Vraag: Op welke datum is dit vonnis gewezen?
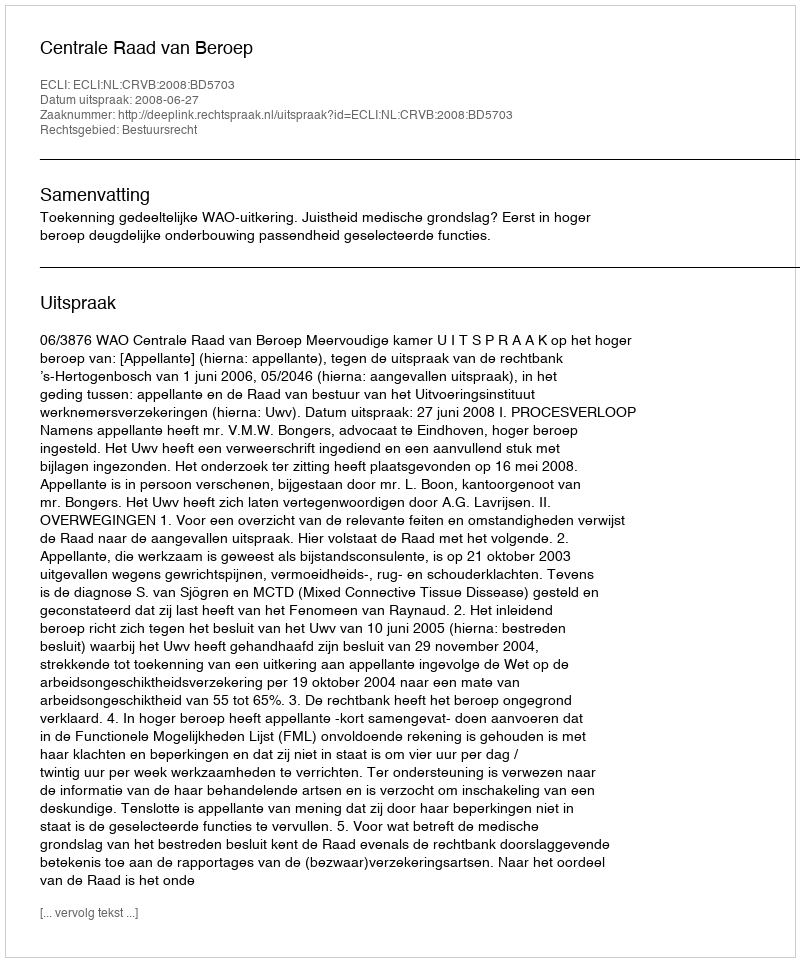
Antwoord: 2008-06-27